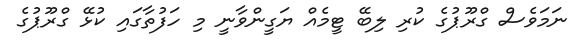
ނަމަވެސް ގްރޫޕުގެ ކުރި ލިބޭ ޓީމެއް ޔަގީންވާނީ މި ހަފުތާގައި ކުޅޭ ގްރޫޕުގެ